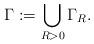
LaTeX: \begin{align*}\Gamma := \bigcup_{R>0} \Gamma_{R}.\end{align*}